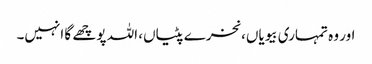
اور وہ تمہاری بیویاں، نخرے پٹیاں، اللہ پوچھے گا انہیں۔